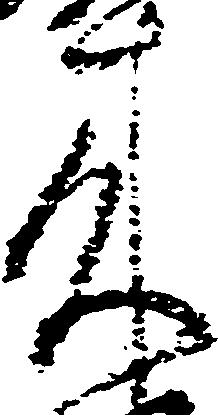
来